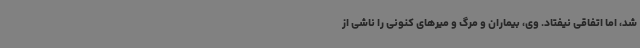
شد، اما اتفاقی نیفتاد. وی، بیماران و مرگ و میرهای کنونی را ناشی از